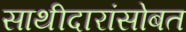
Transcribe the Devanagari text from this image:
साथीदारांसोबत